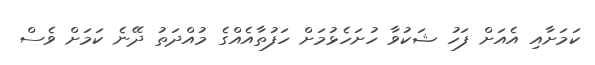
ކަމަށާއި އެއަށް ފަހު ޝަކުވާ ހުށަހެޅުމަށް ހަފުތާއެއްގެ މުއްދަތު ދޭނެ ކަމަށް ވެސް